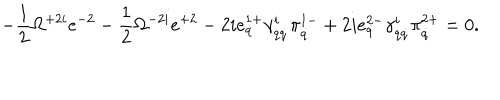
- \frac 1 2 \Omega ^ { + 2 i } e ^ { - 2 } - \frac 1 2 \Omega ^ { - 2 i } e ^ { + 2 } - 2 i e _ { q } ^ { 1 + } \gamma _ { q \dot { q } } ^ { i } \pi _ { \dot { q } } ^ { 1 - } + 2 i e _ { q } ^ { 2 - } \gamma _ { q \dot { q } } ^ { i } \pi _ { \dot { q } } ^ { 2 + } = 0 .